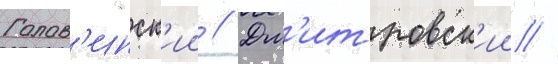
Голов'инск'ии // Дм'итровск'ии //